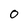
Character: 0